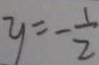
y = - \frac { 1 } { 2 }